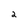
Character: 2